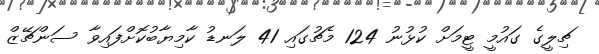
ޗިލީގެ ގައުމީ ޓީމަށް ކުޅުނު 124 މެޗުގައި 41 ލަނޑު ކާމިޔާބުކޮށްފައިވާ ސަންޗޭޒް